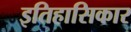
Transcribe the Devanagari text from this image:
इतिहासिकार